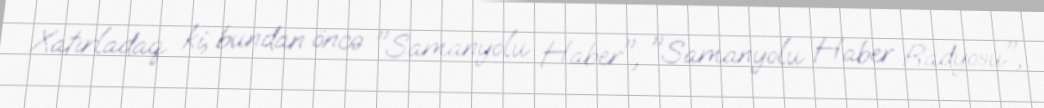
Xatırladaq ki, bundan öncə "Samanyolu Haber", "Samanyolu Haber Radyosu",